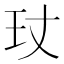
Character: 𤣸